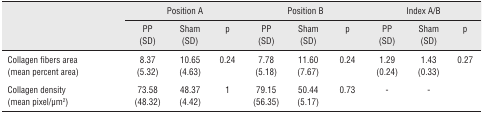
| <ROWSPAN=3>  | <COLSPAN=3> Position A | <COLSPAN=3> Position B | <COLSPAN=3> Index A/B |
 | PP (SD) | Sham (SD) | p | PP (SD) | Sham (SD) | p | PP (SD) | Sham (SD) | p |
 | --- | --- | --- | --- | --- | --- | --- | --- | --- | --- |
 | Collagen fibers area (mean percent area) | 8.37 (5.32) | 10.65 (4.63) | 0.24 | 7.78 (5.18) | 11.60 (7.67) | 0.24 | 1.29 (0.24) | 1.43 (0.33) | 0.27 |
 | Collagen density (mean pixel/μm2) | 73.58 (48.32) | 48.37 (4.42) | 1 | 79.15 (56.35) | 50.44 (5.17) | 0.73 | - | - |  |